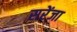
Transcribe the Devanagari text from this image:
सरेंजा